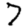
Digit: 7